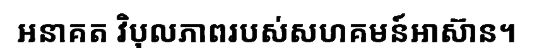
អនាគត វិបុលភាពរបស់សហគមន៍អាស៊ាន។